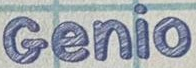
Genio